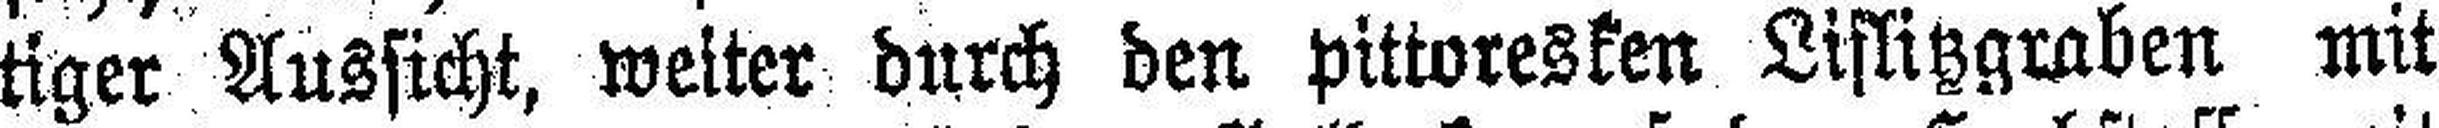
tiger Aussicht, weiter durch den pittoresken Liflitzgraben mit